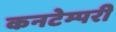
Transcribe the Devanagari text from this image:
कनटेम्परी